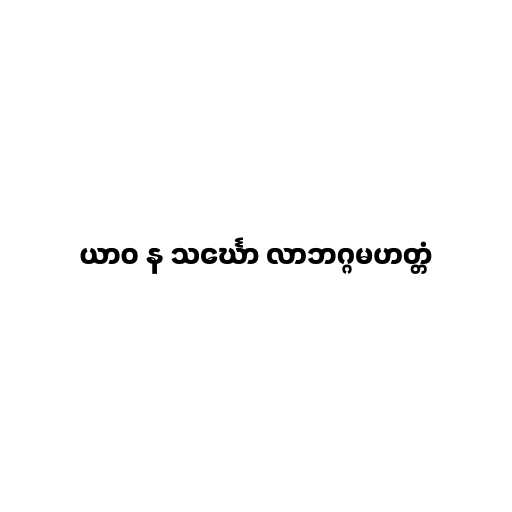
ယာဝ န သင်္ဃော လာဘဂ္ဂမဟတ္တံ